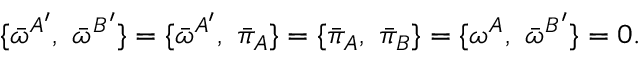
\{ { \bar { \omega } } ^ { A ^ { \prime } } , \ { \bar { \omega } } ^ { B ^ { \prime } } \} = \{ { \bar { \omega } } ^ { A ^ { \prime } } , \ { \bar { \pi } _ { A } } \} = \{ { \bar { \pi } _ { A } } , \ { \bar { \pi } _ { B } } \} = \{ { \omega } ^ { A } , \ { \bar { \omega } } ^ { B ^ { \prime } } \} = 0 .